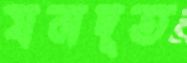
যমদূত